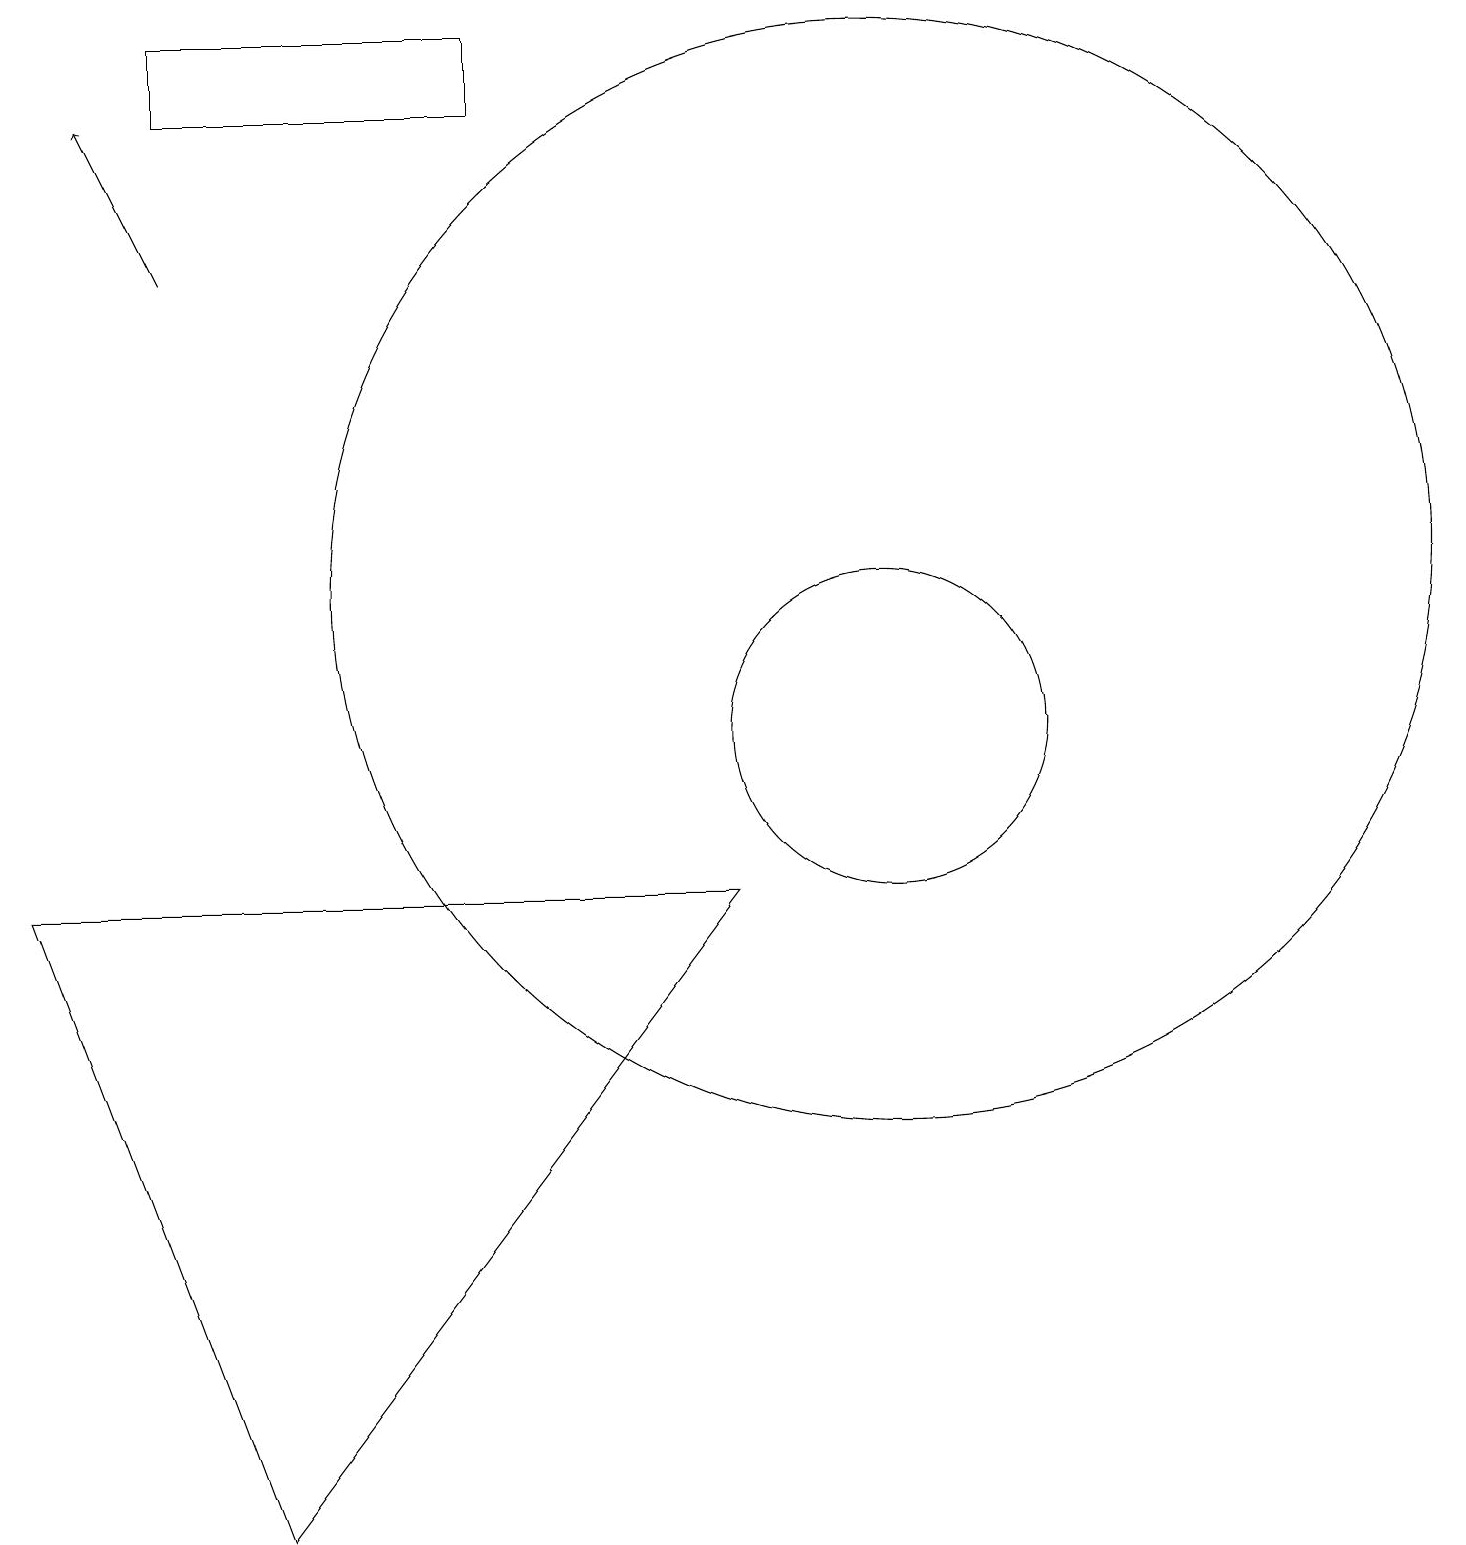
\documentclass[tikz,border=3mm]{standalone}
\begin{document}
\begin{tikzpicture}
\draw (0,8) -- (3,0) -- (9,8) -- cycle;
\draw (11,10) circle (2);
\draw (11,12) circle (7);
\draw[->] (2,16) -- (1,18);
\draw (6,18) rectangle (2,19);
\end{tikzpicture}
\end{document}